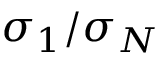
\sigma _ { 1 } / \sigma _ { N }